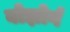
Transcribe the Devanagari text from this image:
बोझोर्ग